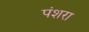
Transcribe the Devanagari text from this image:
पंशरा